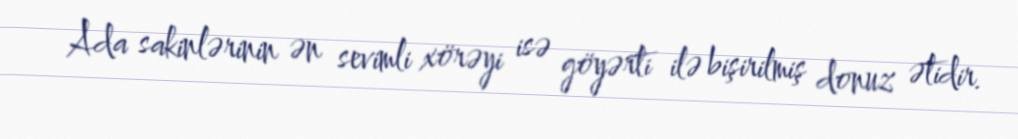
Ada sakinlərinin ən sevimli xörəyi isə göyərti ilə bişirilmiş donuz ətidir.